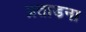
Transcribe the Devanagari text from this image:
प्रताडना